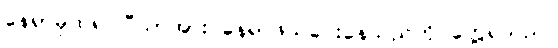
နေရာမှထ၍ ပီယာအား နေရာဖယ်ပေးနေသည်ကို တွေ့ရသည်။